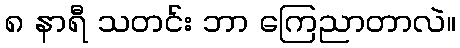
၈ နာရီ သတင်း ဘာ ကြေညာတာလဲ။